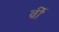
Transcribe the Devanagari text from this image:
र्वी